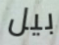
بيل